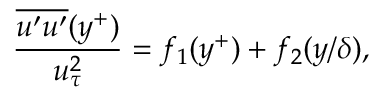
\frac { \overline { { u ^ { \prime } u ^ { \prime } } } ( y ^ { + } ) } { u _ { \tau } ^ { 2 } } = f _ { 1 } ( y ^ { + } ) + f _ { 2 } ( y / \delta ) ,